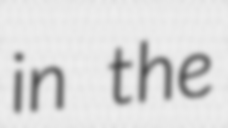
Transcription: in the